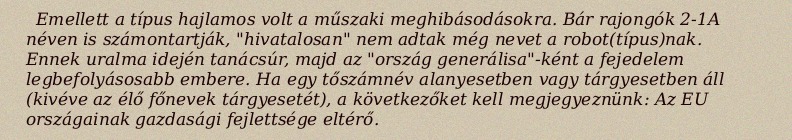
Emellett a típus hajlamos volt a műszaki meghibásodásokra. Bár rajongók 2-1A néven is számontartják, "hivatalosan" nem adtak még nevet a robot(típus)nak. Ennek uralma idején tanácsúr, majd az "ország generálisa"-ként a fejedelem legbefolyásosabb embere. Ha egy tőszámnév alanyesetben vagy tárgyesetben áll (kivéve az élő főnevek tárgyesetét), a következőket kell megjegyeznünk: Az EU országainak gazdasági fejlettsége eltérő.